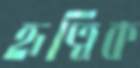
হৃত্বিক